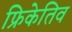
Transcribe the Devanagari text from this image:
फ्रिकेतिव